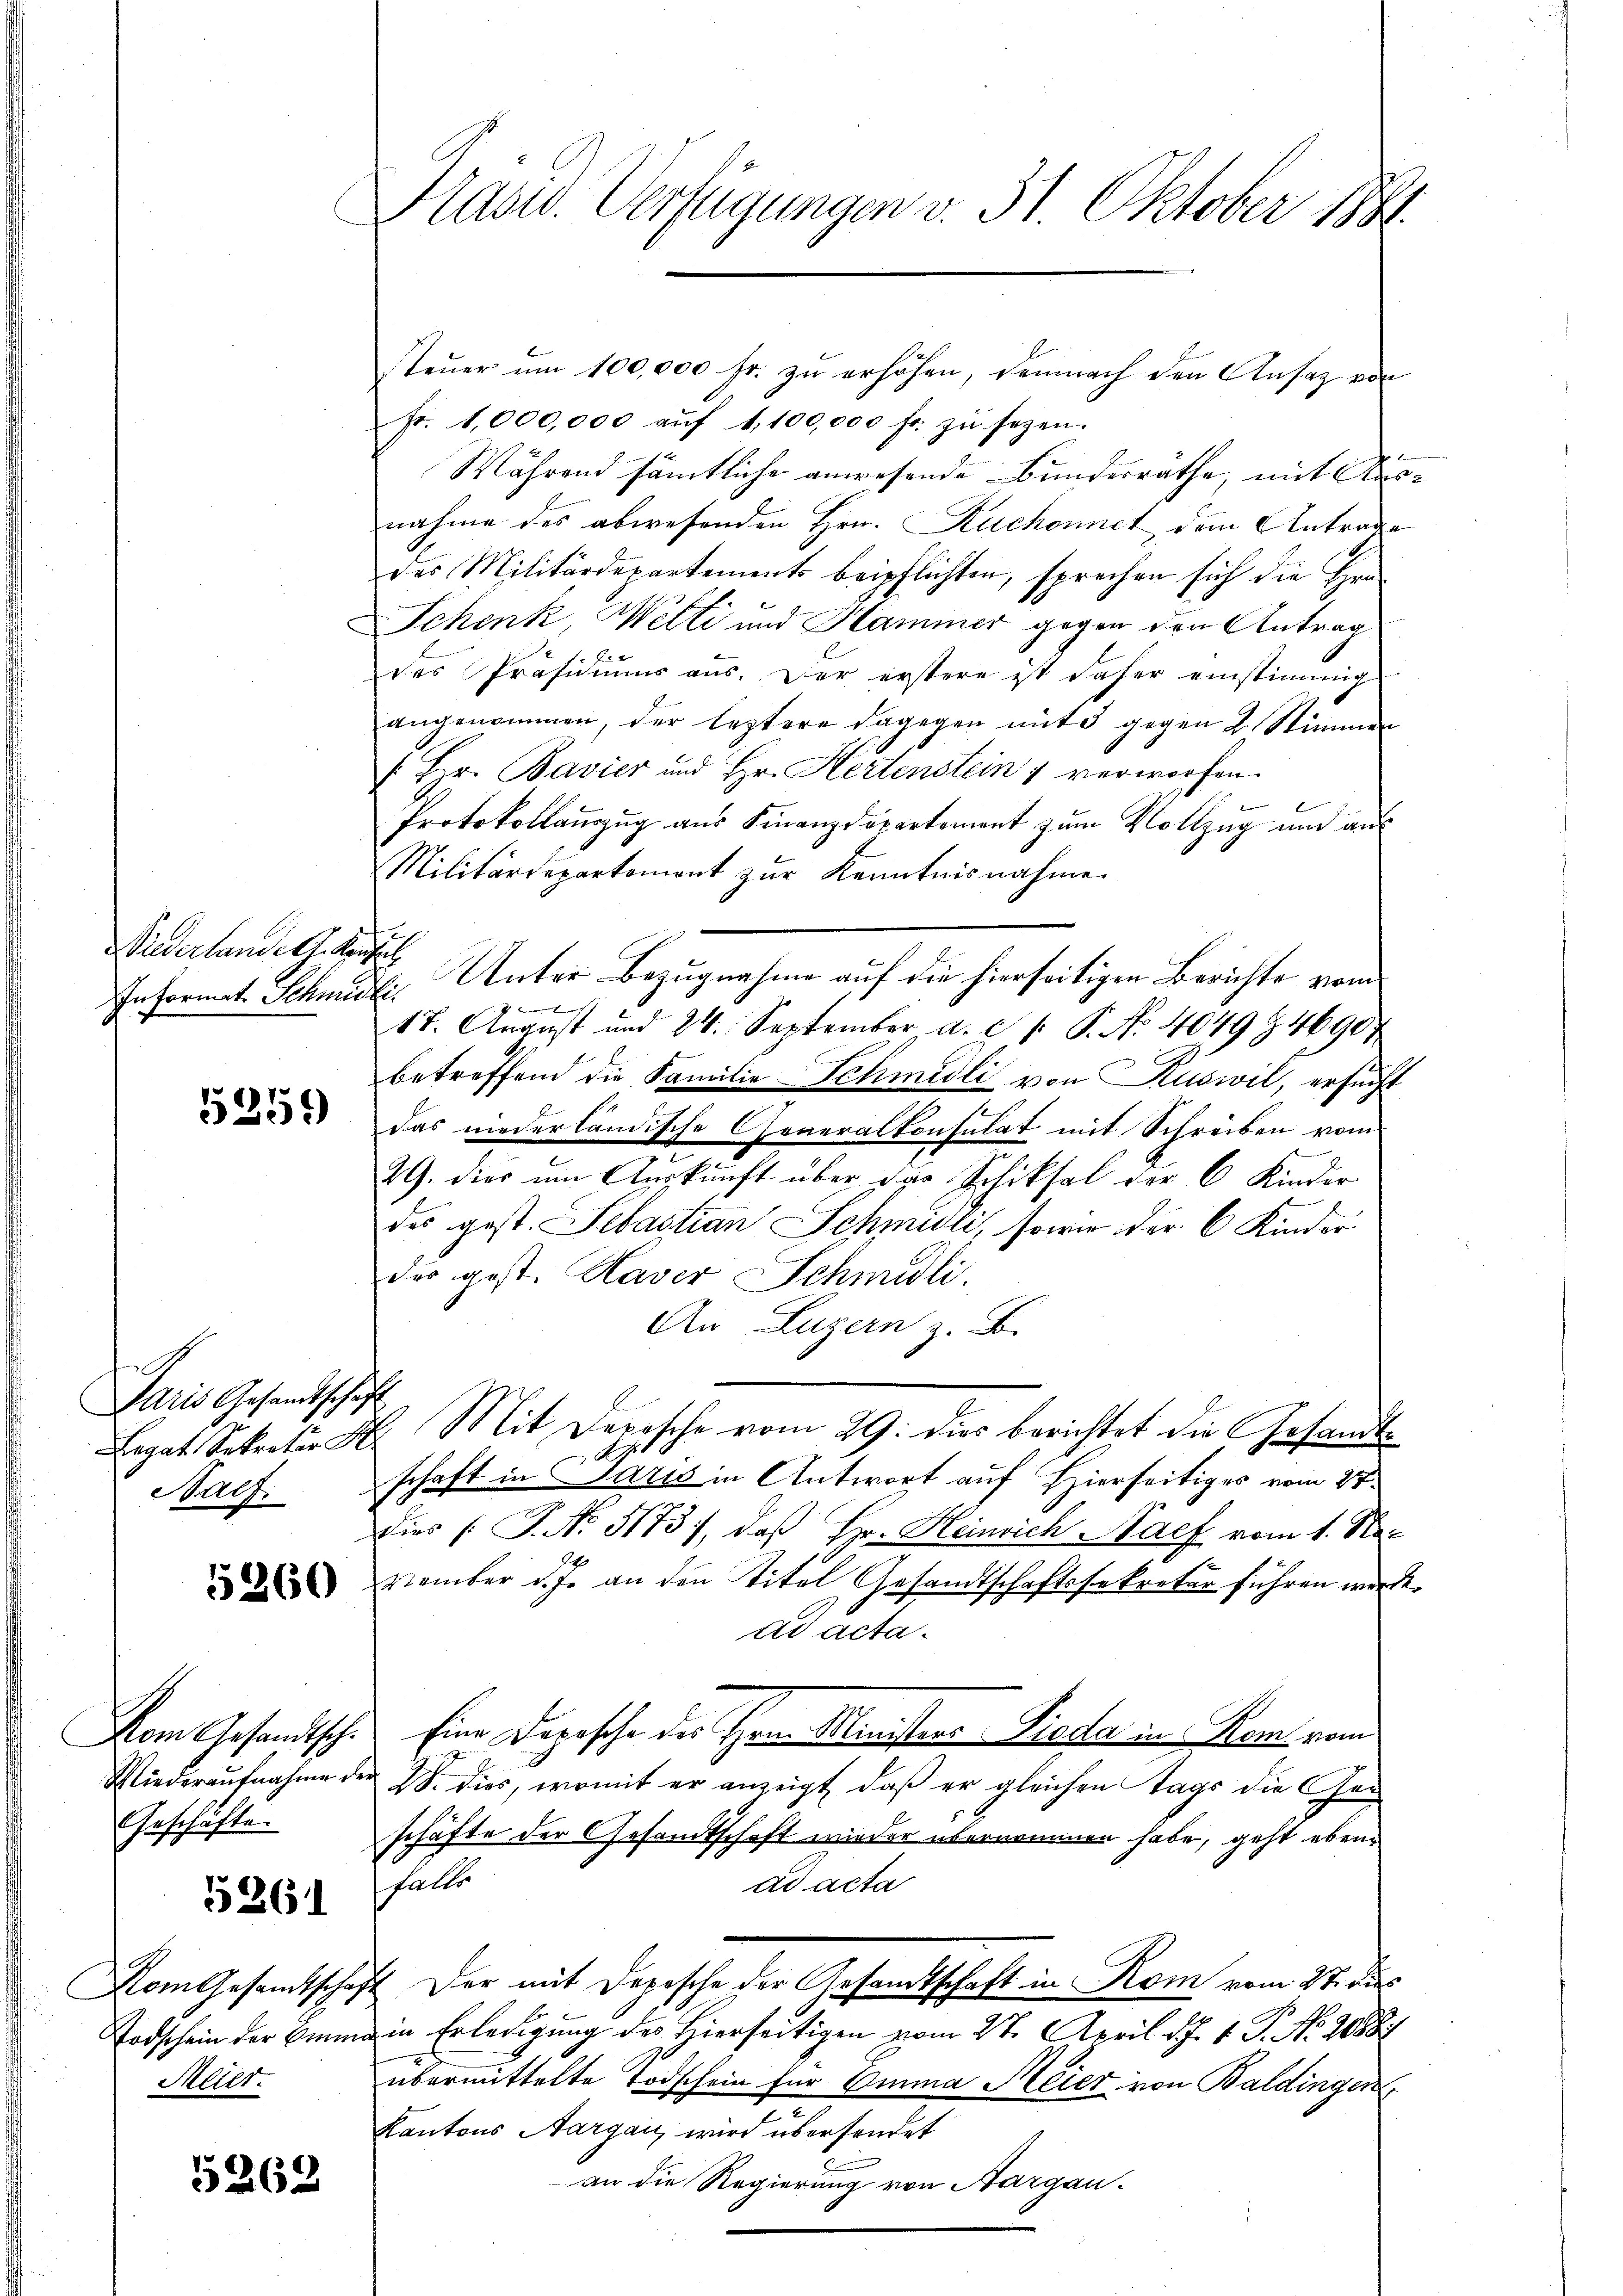
Wiederlande G. Konsul
Informat. Schmidli

5359)

Paris Gesandtschaft
Balf.

Geschäfte.

5261

Meier.

5269

Kasw. Verfügungen v. 31. Oktober 1891.

steuer um 100,000 fr. zu erhöhen, demnach den Ansatz von
Fr. 1,000,000 aŭf 1,100,000 fr. zŭ sezen.
Während sämtliche anwesende Bundesrathe, mit Ausnahme des abwesenden Hrn. Ruchonnet, dem Antrage
des Militärdepartements beipflichten, sprechen sich die Hrn.
Schenk, Welti und Hammer gegen den Antrag
1 f 0 x
des Präsidiums aus. Der erstere ist daher einstimmig
angenommen, der leztere dagegen mit 5 gegen 2 Stimmen
/. Hr. Bavier und Hr. Hertenstein 1 verworfen.
Protokollaŭszŭg aŭs Finanzdepartement zŭm Vollzug und aŭs
Militärdepartement zur Kenntnisnahme
Unter Bezugnahme auf die hierseitigen Berichte vom
E
17. August und 24. September a. c. 1. P. Nr. 404994690
betreffend die Familie Schmidli von Ruswil, ersucht
das niederländische Generalkonsulat mit Schreiben vom
29. dies um Auskunft über der Schiksal der 6 Kinder
des gest. Sebastian Schmidli, sowie der 6 Kinder
der gest. Haver Schmidli.
Au Luzern z. B.
Legat Sekretär H. Mit Depesche vom 29. dies berichtet die Gesandtschaft in Paris in Antwort auf Hierseitiges vom 27.
dies /: P. Nr. 5173), daß Hr. Heinrich Nach vom 1. November d. J. an den Titel Gesandtschaftssekretär führen würde.
ad acta.
Vom Gesandtsche Eine Depesche des Hrn. Ministers Pieda in Hem vom
Wiederaufnahme der 28. dies, womit er anzeigt, daß er gleichen Tags die Geschäfte der Gesandtschaft wieder übernommen habe, geht eben
falls
ad acta
Vom Gesamtschaft der mit Depesche der Gesandtschaft in Rom vom 27. dies
Todschein der Emma in Erledigung des hierseitigen vom 27. April d. J. J. P. No. 2088
übermittelte Todschein für Emma Meier von Baldinger
Kantons Aargau, wird übersendet
an die Regierung von Aargau¬